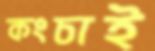
কংচাই